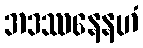
အဒဿနေနဟံ